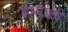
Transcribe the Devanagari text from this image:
हायाशी